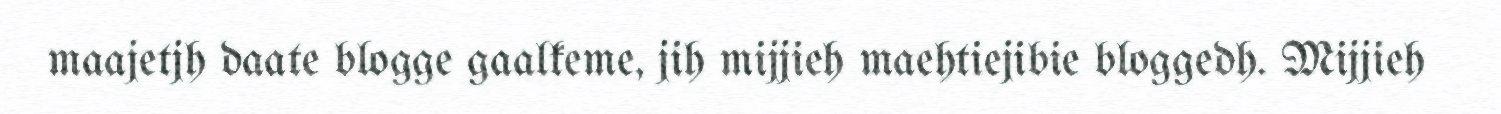
maajetjh daate blogge gaalkeme, jih mijjieh maehtiejibie bloggedh. Mijjieh